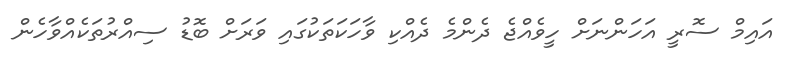
އައިމް ސޮރީ އަހަންނަށް ހީވެއްޖެ ދެންމެ ދެއްކި ވާހަކަތަކުގައި ވަރަށް ބޮޑު ސިއްރުތަކެއްވާހެން